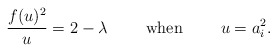
\begin{align*}\frac{f(u)^{2}}{u} = 2-\lambda\qquad \mbox{ when } \qquad u=a_i^2.\end{align*}